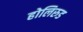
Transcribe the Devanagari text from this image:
होलिरुड